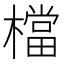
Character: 檔